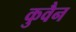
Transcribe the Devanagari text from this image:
कुवैन